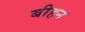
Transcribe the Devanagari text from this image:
बीहन